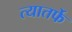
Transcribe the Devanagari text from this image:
त्यातर्फे